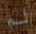
لم